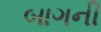
બાગની